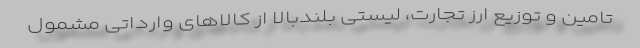
تامین و توزیع ارز تجارت، لیستی بلندبالا از کالاهای وارداتی مشمول